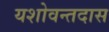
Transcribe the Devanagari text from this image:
यशोवन्तदास